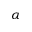
\alpha